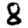
Digit: 8